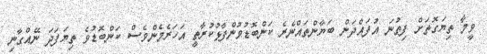
ވީމާ ތިޔަގޮތަށް ފިތުނަ އުފައްދަން ބަޔާންތައްނެރެ ކަންބޮޑުވުންފާޅުކުރާތީ އަހަރެމެންވެސް ކަންބޮޑުވެ ތިޔަފަދަ ނޭއްގާނި